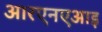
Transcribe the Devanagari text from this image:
आरएनएआइ